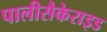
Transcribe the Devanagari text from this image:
पालीसैकेराइड